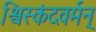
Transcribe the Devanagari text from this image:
श्विस्कंदवर्मन्